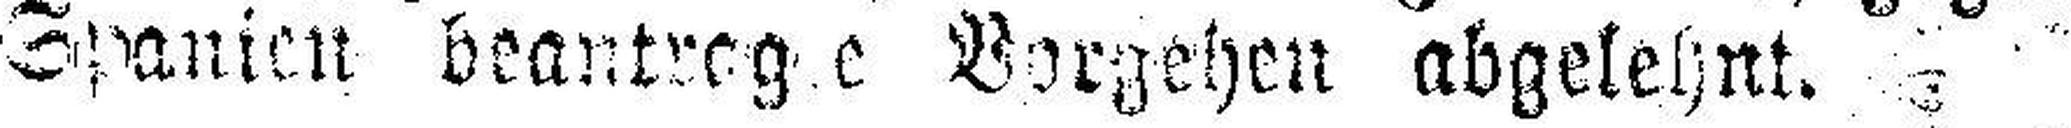
Spanien beantrage Vorgehen abgelehnt.